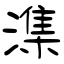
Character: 潗